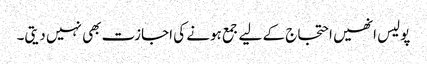
پولیس انھیں احتجاج کے لیے جمع ہونے کی اجازت بھی نہیں دیتی۔